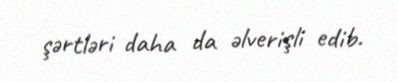
şərtləri daha da əlverişli edib.